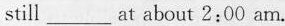
still___at about 2:00 am.